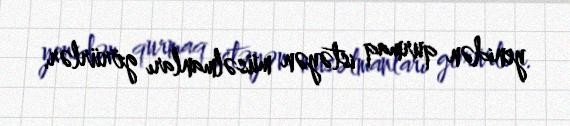
yenidən qurmaq istəyən müsəlmanları görürlər.